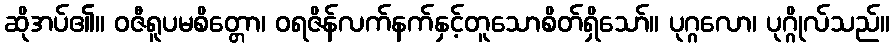
ဆိုအပ်၏။ ဝဇီရူပမစိတ္တော၊ ဝရဇိန်လက်နက်နှင့်တူသောစိတ်ရှိသော်။ ပုဂ္ဂလော၊ ပုဂ္ဂိုလ်သည်။